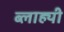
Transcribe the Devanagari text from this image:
ब्लाह्यी